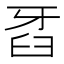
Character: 𤘈